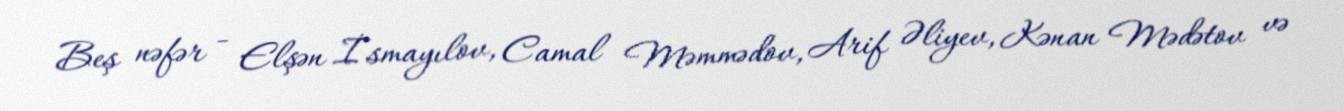
Beş nəfər - Elşən İsmayılov, Camal Məmmədov, Arif Əliyev, Kənan Mədətov və